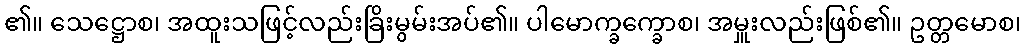
၏။ သေဋ္ဌောစ၊ အထူးသဖြင့်လည်းခြိးမွမ်းအပ်၏။ ပါမောက္ခက္ခောစ၊ အမှူးလည်းဖြစ်၏။ ဥတ္တမောစ၊